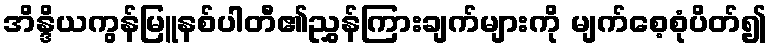
အိန္ဒိယကွန်မြူနစ်ပါတီ၏ညွှန်ကြားချက်များကို မျက်စေ့စုံပိတ်၍